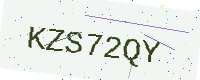
Text: KZS72QY